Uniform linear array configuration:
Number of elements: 24
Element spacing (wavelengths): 1
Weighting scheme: cosine
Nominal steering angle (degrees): -60
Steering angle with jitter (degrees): -60.627
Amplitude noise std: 0.05
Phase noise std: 0.05

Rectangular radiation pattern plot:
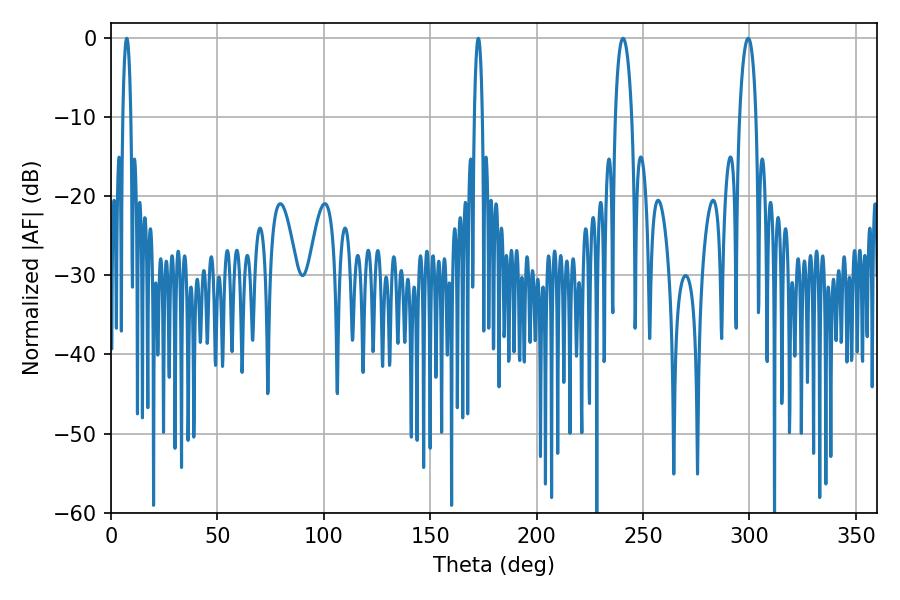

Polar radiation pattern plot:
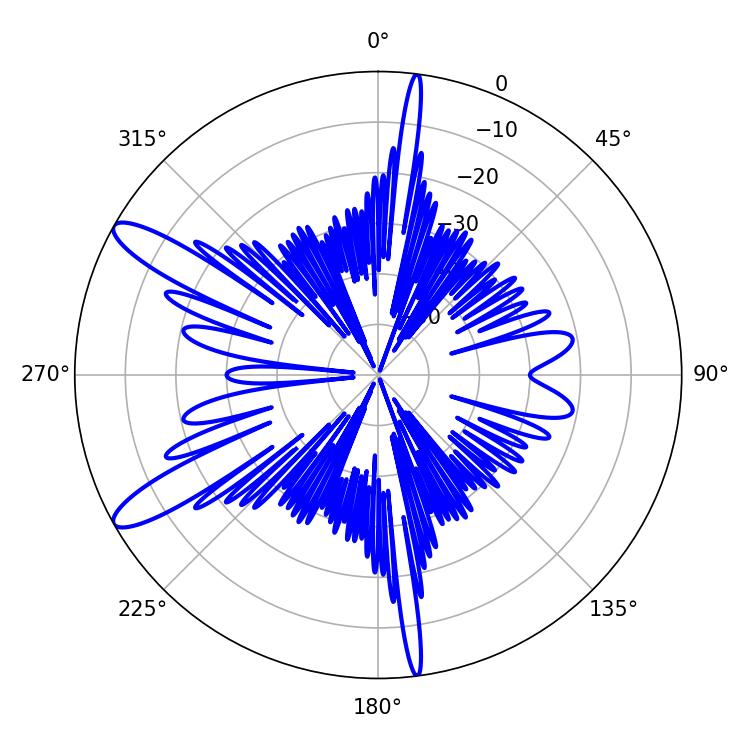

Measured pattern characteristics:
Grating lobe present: TRUE
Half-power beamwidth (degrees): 2.16
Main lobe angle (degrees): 172.62